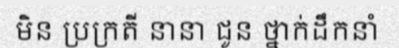
មិន ប្រក្រតី នានា ជូន ថ្នាក់ដឹកនាំ